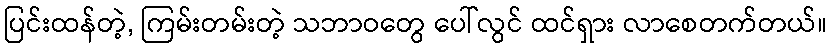
ပြင်းထန်တဲ့, ကြမ်းတမ်းတဲ့ သဘာဝတွေ ပေါ်လွင် ထင်ရှား လာစေတက်တယ်။